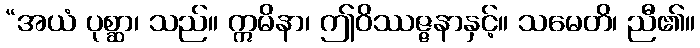
“အယံ ပုစ္ဆာ၊ သည်။ ဣမိနာ၊ ဤဝိဿဇ္ဇနာနှင့်။ သမေတိ၊ ညီ၏။